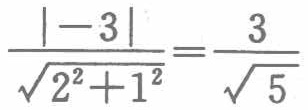
\(\frac{\vert -3\vert}{\sqrt{2^{2}+1^{2}}}=\frac{3}{\sqrt{5}}\)